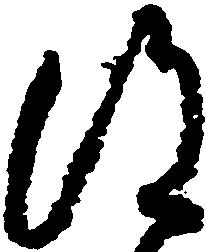
得